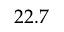
2 2 . 7